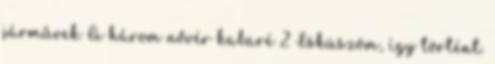
járművek A három nővér kabaré 2 Esküszöm, így történt.